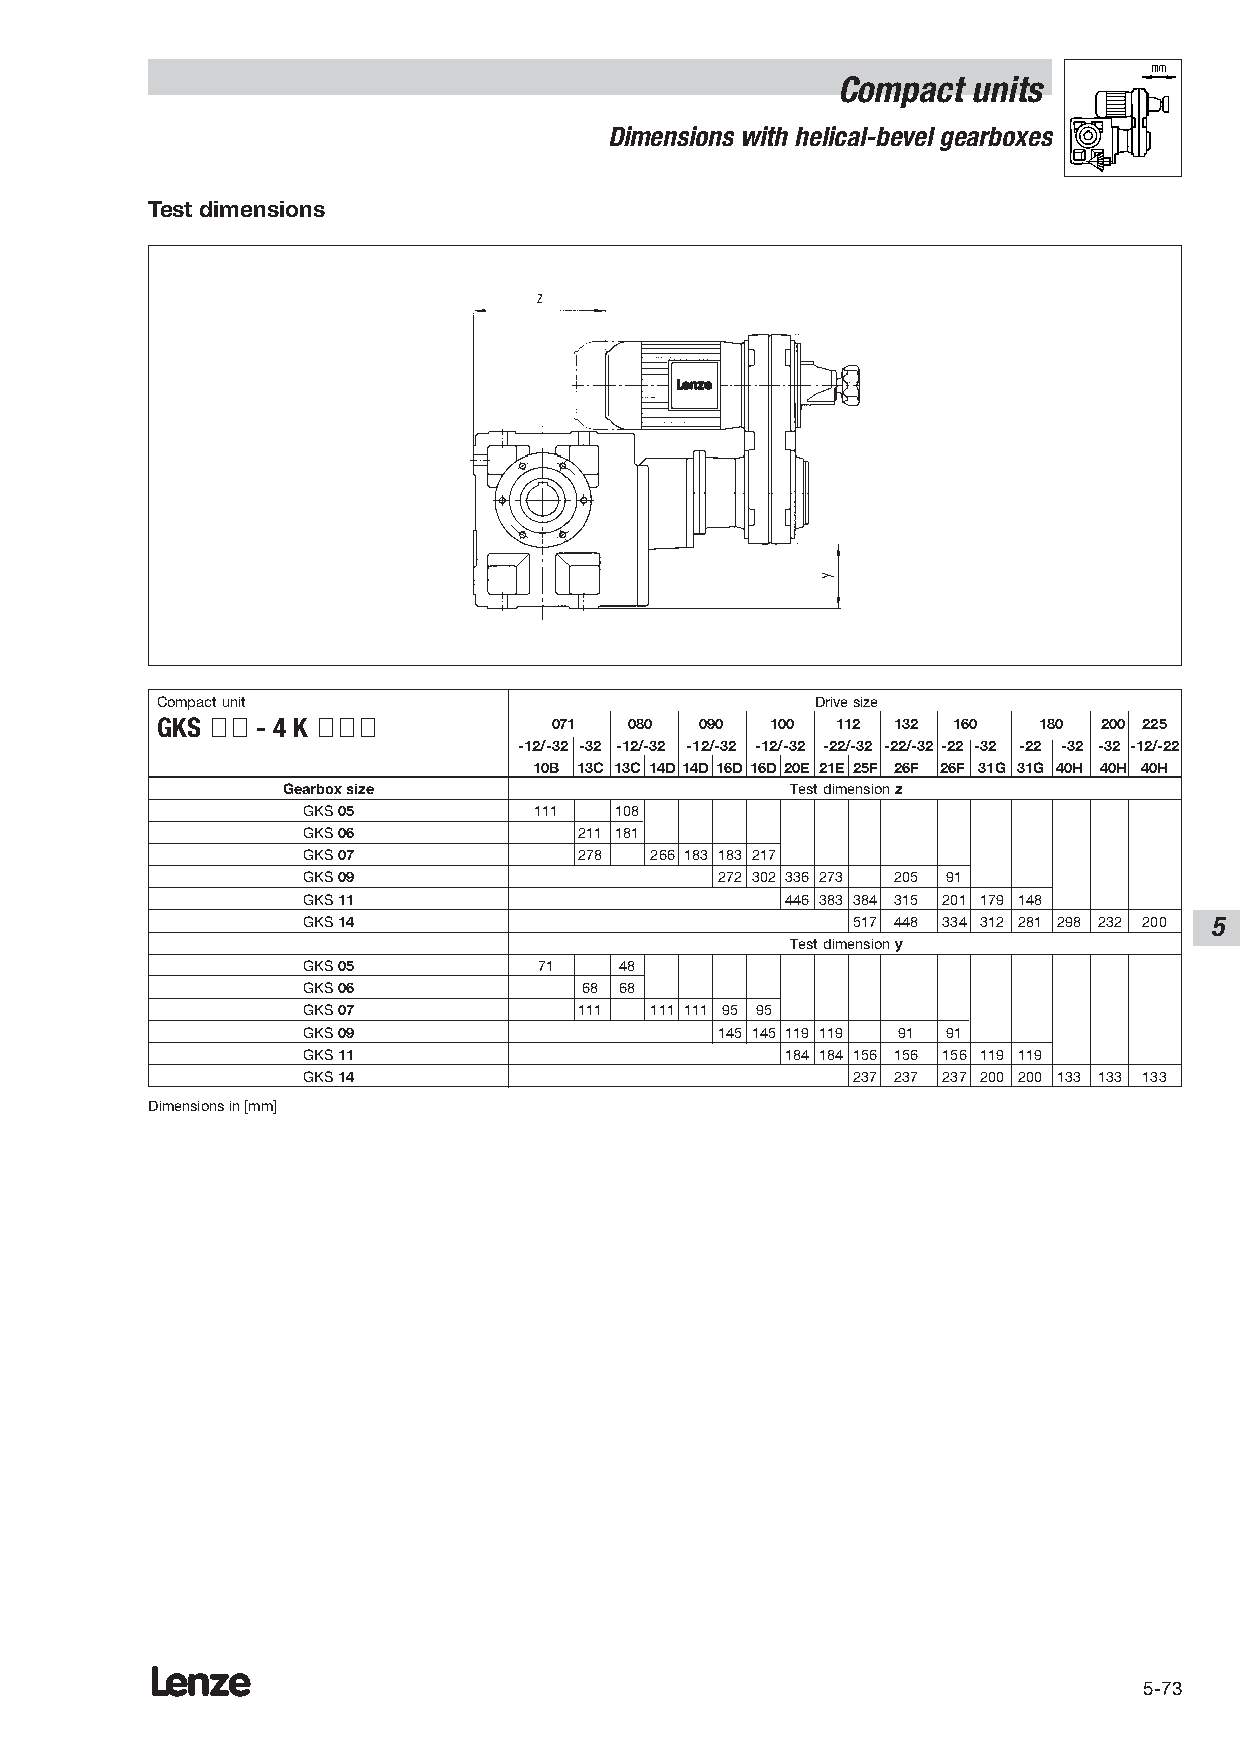
Compact  units
 Dimensions with helical-bevel gearboxes
 Test dimensions
 Compact unit                                Drive size
 GKS ÇÇ - 4 K ÇÇÇ           071  080 090  100 112 132 160   180 200 225
 -12/-32 -32 -12/-32 -12/-32 -12/-32 -22/-32 -22/-32 -22 -32 -22 -32 -32 -12/-22
 10B 13C 13C 14D 14D 16D 16D 20E 21E 25F 26F 26F 31G 31G 40H 40H 40H
 Gearbox size                     Test dimension z
 GKS 05         111   108
 GKS 06            211 181
 GKS 07            278  266 183 183 217
 GKS 09                      272 302 336 273 205 91
 GKS 11                          446 383 384 315 201 179 148
 GKS 14                              517 448 334 312 281 298 232 200 5
 Test dimension y
 GKS 05          71   48
 GKS 06             68 68
 GKS 07            111  111 111 95 95
 GKS 09                      145 145 119 119 91 91
 GKS 11                          184 184 156 156 156 119 119
 GKS 14                              237 237 237 200 200 133 133 133
 Dimensions in [mm]
 Lenze
 5-73